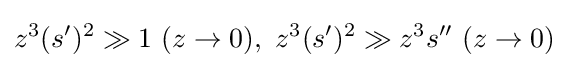
z^{3}(s^{\prime })^{2}\gg 1\ (z\to 0),\ z^{3}(s^{\prime })^{2}\gg z^{3}s^{\prime \prime }\ (z\to 0)